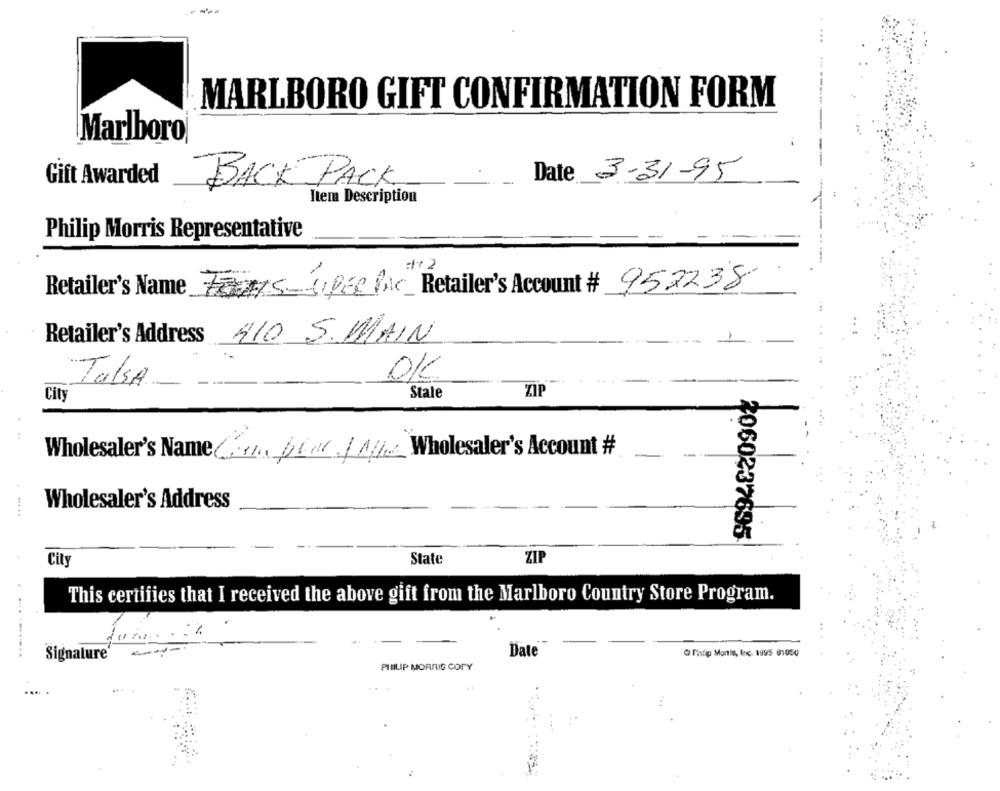
MARLBORO GIFT CONFIRMATION FORM
Marlboro
Gift Awarded
Date 3-31-95
BACK PACK
Item Description
Philip Morris Representative
Retailer's Name FERAIS-SIPER IAC Retailer's Account # 952238
Retailer's Address 410 S. MAIN
1
OK
TalsA
State
ZIP
City
...
Wholesaler's Name ( .. /. pier / MW Wholesaler's Account #
Wholesaler's Address
2060237695
City
State
ZIP
This certifies that I received the above gift from the Marlboro Country Store Program.
Signature'
Date
@ Phfip Manis, Inc. 1995 01050
PHILIP MORRIS COPY